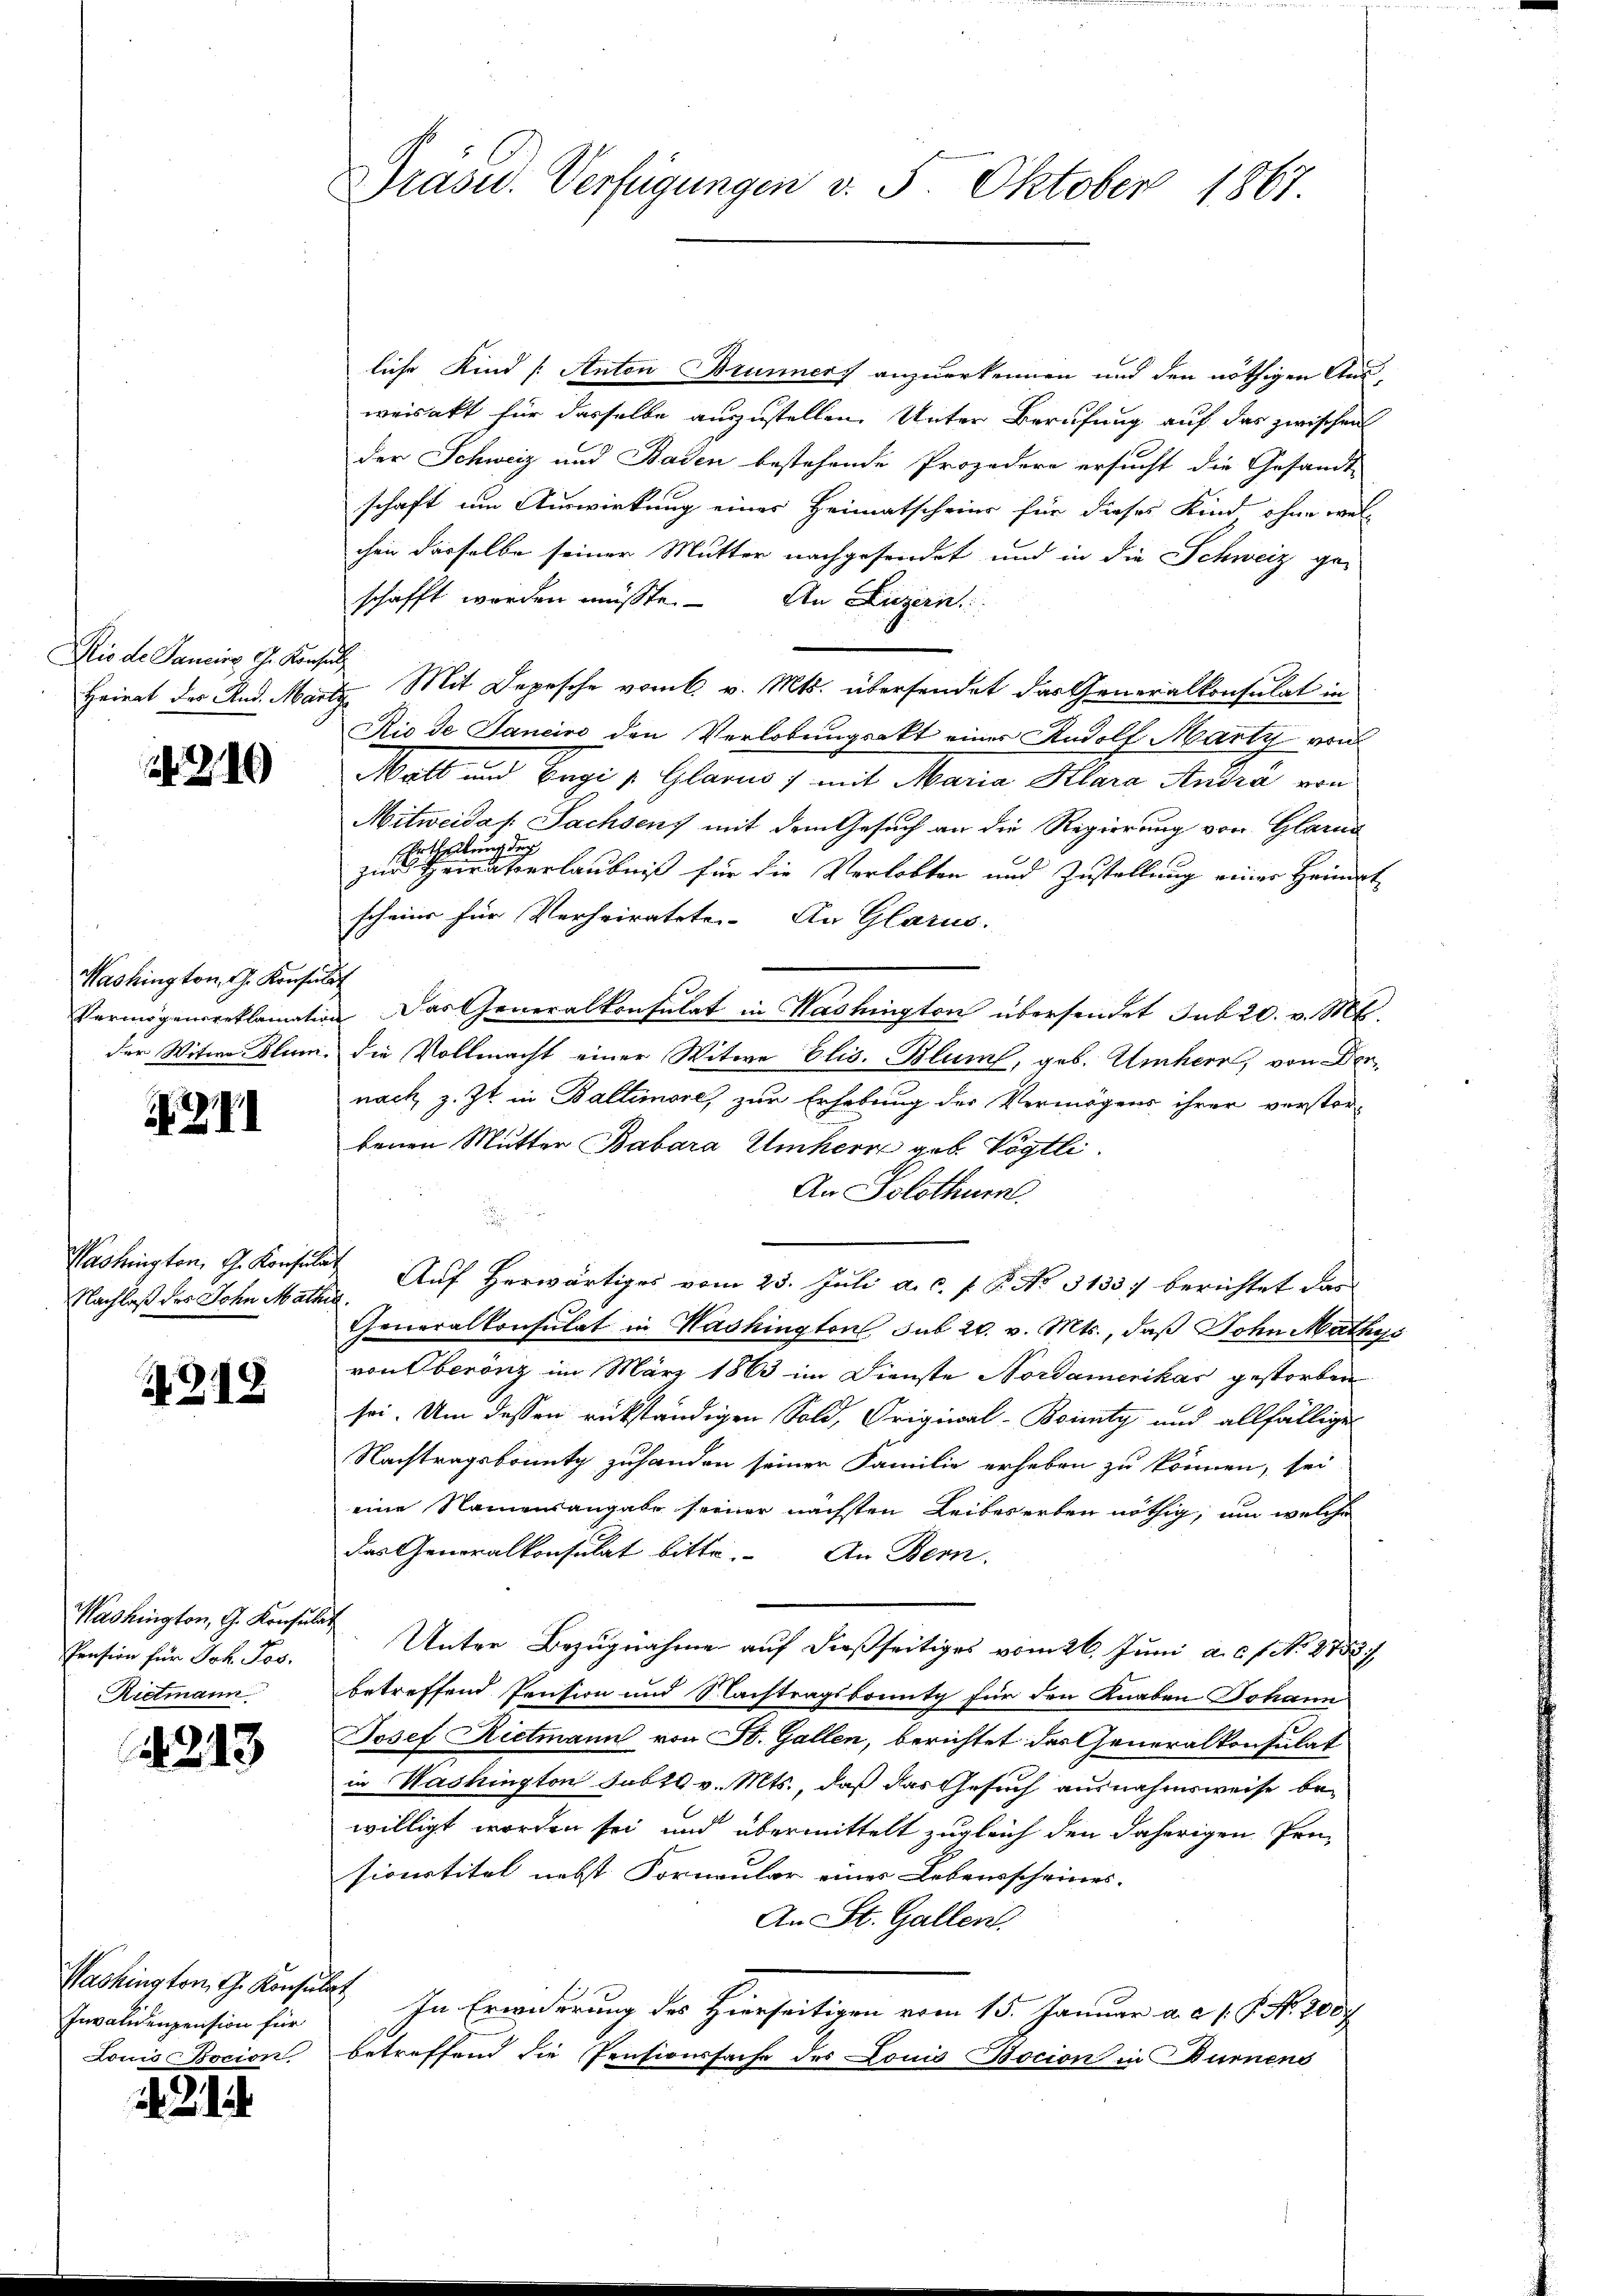
Dio de Sancies G. Konsul

240

Washington, G. Konsul
Vermögensreklamation
der Witwe Dlum.

4

Washington, G. Konsulin.
Nachlaß des John Mathen

218

Washington, G. Konsul
Pension für Joh. Jos.
Rietmann

4213

Washington, G. Konsun
Invalidenpension für
Louis Bocion.

2

Präsid. Verfügungen v. 5. Oktober 1867.

liche Kind (Anton Brunners anzuerkennen und den nöthigen Ausweisakt für dasselbe auszustellen. Unter Berufung auf das zwischen
der Schweiz und Baden bestehende Prozedere ersucht die Gesandt-
schaft um Auswirkung eines Heimatscheine für dieses Kind ohne welchen dasselbe seiner Mutter nachgesendet und in die Schweiz ge-
schafft worden müsste. An Luzern
Heirat der And. Martz Mit Depesche vom 6. v. Mts. übersendet das Generalkonsulat in
Rio de Janeiro den Verlobungsakt einer Rudolf Marty au
Matt und Ergi u. Glarus 7 mit Maria Klara Andra von
Mitweidas Sachsen, mit dem Gesuch an die Regierung von Glarus
Ertheilung der
zur Heiraterlaubniß für die Verlobten und Zustellung einer Heimat
scheine für Verheiratete. An Glarus.
ich
 Das Generalkonsulat in Washington übersendet sub 20. v. M.
die Vollmacht einer Witwe Elis. Blum, geb. Umherr, von Denach z. Zt. in Baltimore, zur Erhebung der Vermögens ihrer verstor-
benen Mutter Babara Umherre geb. Vögtli
An Solothurn.
d
 Auf Herwärtiges vom 23. Juli a. c. f. P. No. 3133) berichtet das
.
Generalkonsulat in Washington sub 20. v. Mts., daß Sohn Mathys
von Oberönz im März 1863 im Dienste Nordamerikas gestorben
sei. Um dessen rükständigen Sold, Original-Boity und allfällige
Nachtragsbounty zuhanden seiner Familie erheben zu können, sei
eine Namensangabe seiner nächsten Leibeserben nöthig, um welche
das Generalkonsulat bitte. An Bern.
 Unter Bezugnahme auf dießseitiges vom 26. Juni a. c. s. No. 2752. 7
betreffend Pension und Nachtragsbonutg für den Knaben Johann
Josef Rietmann von St. Gallen, berichtet das Generalkonsulat
in Washington sub 10 v. Mts., daß das Gesuch ausnahmsweise bewilligt worden sei und übermittelt zugleich den daherigen Pensionstitel nebst Formular eines Lebensscheines.
An St. Gallen.
sch
In Erwiderung des Hierseitigen vom 15. Januar a. c. 1. J. N. 2087
betreffend die Pensionssache des Louis Bocion in Burnens